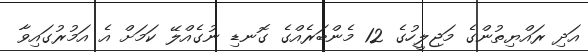
އަދި ރައްޔިތުންގެ މަޖިލީހުގެ 12 މެންބަރެއްގެ ގޮނޑި ނުގެއްލޭ ކަމަށް އެ އަމުރުގައިވާ